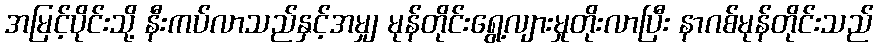
အမြင့်ပိုင်းသို့ နီးကပ်လာသည်နှင့်အမျှ မုန်တိုင်းရွေ့လျားမှုတိုးလာပြီး နာဂစ်မုန်တိုင်းသည်